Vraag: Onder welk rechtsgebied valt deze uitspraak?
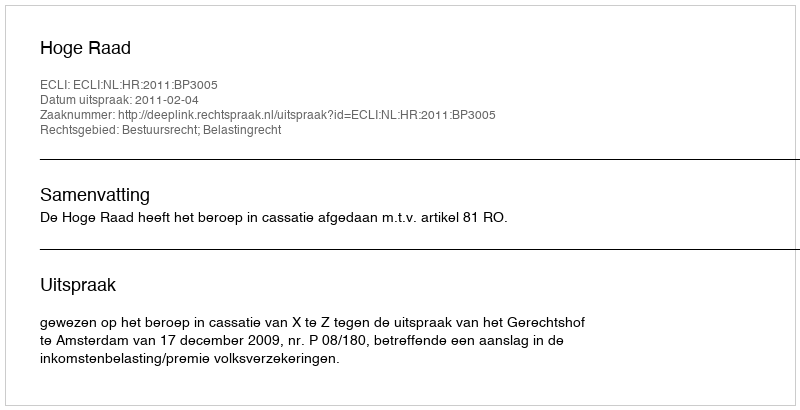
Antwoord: Bestuursrecht; Belastingrecht